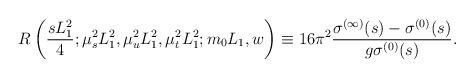
LaTeX: \begin{align*}R\left(\frac{sL_{1}^2}{4};\mu_{s}^{2}L_{1}^{2},\mu_{u}^{2}L_{1}^{2},\mu_{t}^{2}L_{1}^{2}; m_{0}L_{1},w \right)\equiv 16 \pi^{2} \frac{\sigma^{(\infty)}(s) - \sigma^{(0)}(s)}{ g\sigma^{(0)}(s)} . \end{align*}